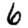
Digit: 6